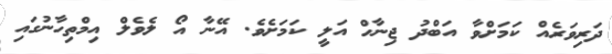
ދަރިވަރެއް ކަމަށްވާ އަބްދު ޖިނާހް އަލީ ކަމަށެވެ. އޭނާ އޯ ލެވެލް އިމްތިހާނުގައި